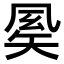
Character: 𥏈